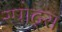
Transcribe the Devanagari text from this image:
स्‍पोट्स